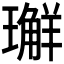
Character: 𭺅